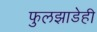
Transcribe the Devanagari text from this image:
फुलझाडेही